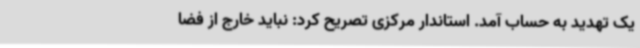
یک تهدید به حساب آمد. استاندار مرکزی تصریح کرد: نباید خارج از فضا